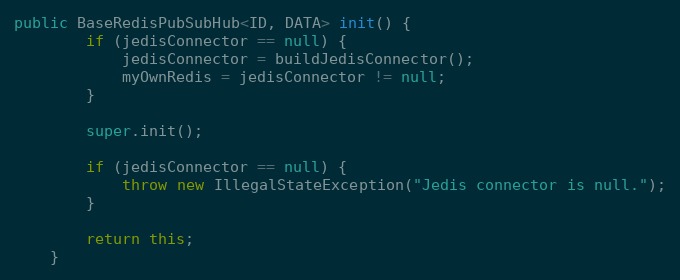
Language: Java
public BaseRedisPubSubHub<ID, DATA> init() {
        if (jedisConnector == null) {
            jedisConnector = buildJedisConnector();
            myOwnRedis = jedisConnector != null;
        }

        super.init();

        if (jedisConnector == null) {
            throw new IllegalStateException("Jedis connector is null.");
        }

        return this;
    }